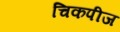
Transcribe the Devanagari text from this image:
चिकपीज